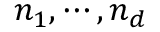
n _ { 1 } , \cdots , n _ { d }